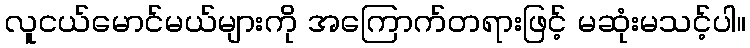
လူငယ်မောင်မယ်များကို အကြောက်တရားဖြင့် မဆုံးမသင့်ပါ။